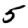
Digit: 5